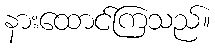
နားထောင်ကြသည်။